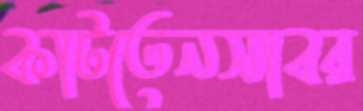
কাটতেনসাবর